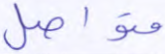
متواصل